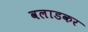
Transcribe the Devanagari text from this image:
वलाडकर